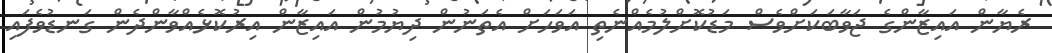
ރެޔާން އައިޒާންގެ ޖަވާބަކަށްވެސް މަޑުކޮށްލުމެއްނެތި އަވަހަށް އެތަނުން ދިޔުމުން އައިޒާން އިރުކޮޅެއްވާންދެން ގަނޑުވެފައި